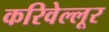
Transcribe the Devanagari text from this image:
करिवेल्लूर